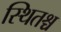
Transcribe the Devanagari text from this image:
स्थितश्च